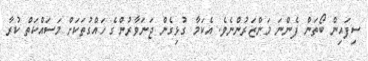
ސިފައިން ބޯތަން ފެންނަ މަންޒަރުންނެވެ. އެކަމާ ގުޅިގެން ޖަނަވާރުންގެ ހައްގުތަކަށް މަސައްކަތް ކުރާ